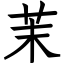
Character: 茉